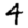
Digit: 4